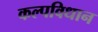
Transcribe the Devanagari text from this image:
कल्पविधान